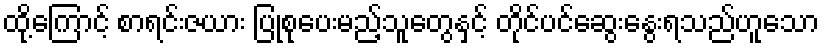
ထို့ကြောင့် စာရင်းဇယား ပြုစုပေးမည့်သူတွေနှင့် တိုင်ပင်ဆွေးနွေးရသည်ဟူသော